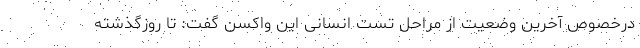
درخصوص آخرین وضعیت از مراحل تست انسانی این واکسن گفت: تا روزگذشته